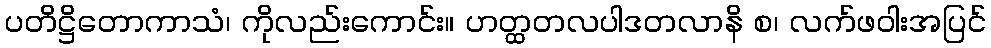
ပတိဋ္ဌိတောကာသံ၊ ကိုလည်းကောင်း။ ဟတ္ထတလပါဒတလာနိ စ၊ လက်ဖဝါးအပြင်